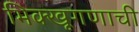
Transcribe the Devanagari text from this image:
भिक्खूगणाची